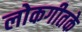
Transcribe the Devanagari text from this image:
लोकगीतके